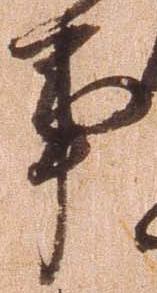
事